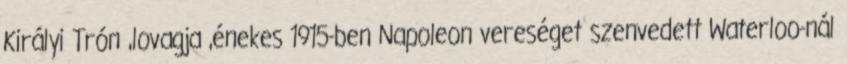
Királyi Trón ,lovagja ,énekes 1915-ben Napoleon vereséget szenvedett Waterloo-nál